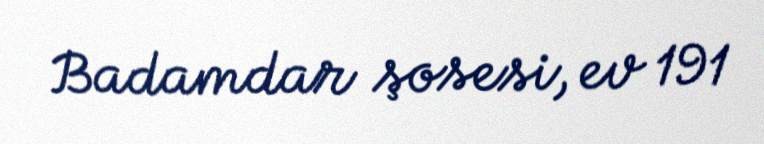
Badamdar şosesi, ev 191